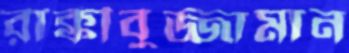
রাক্কীবুজ্জামান